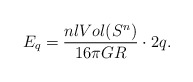
\begin{align*}E_q =\frac{nl Vol(S^n)}{16\pi GR}\cdot 2q.\end{align*}